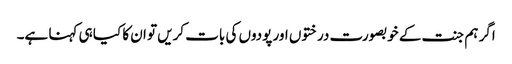
اگر ہم جنت کے خوبصورت درختوں اور پودوں کی بات کریں تو ان کا کیا ہی کہنا ہے۔